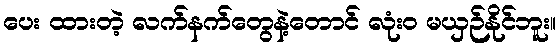
ပေး ထားတဲ့ လက်နက်တွေနဲ့တောင် လုံးဝ မယှဉ်နိုင်ဘူး။